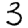
Digit: 3